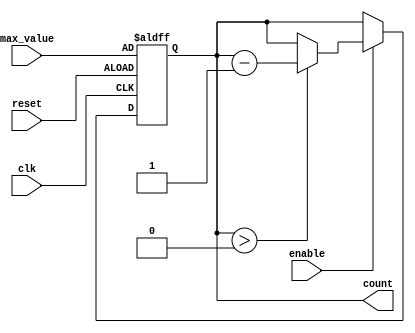
module decremental_counter (
    input wire clk,               // Clock signal
    input wire reset,             // Asynchronous reset signal
    input wire enable,            // Enable signal for counting
    input wire [7:0] max_value,   // Configurable maximum value (8-bit)
    output reg [7:0] count        // Current count value (8-bit)
);

    // Asynchronous reset and counting logic
    always @(posedge clk or posedge reset) begin
        if (reset) begin
            count <= max_value;   // Reset the counter to max_value
        end else if (enable) begin
            if (count > 0) begin
                count <= count - 1; // Decrement count if greater than 0
            end
            // If count is 0, it remains at 0 (no action needed)
        end
    end

endmodule